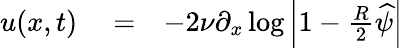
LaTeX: \begin{array}{rlr}{u(x,t)}&{{}=}&{-2\nu\partial_{x}\log\left|1-\frac{R}{2}\widehat{\psi}\right|}\end{array}